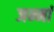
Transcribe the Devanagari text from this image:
जन्मां